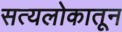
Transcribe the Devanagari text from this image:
सत्यलोकातून